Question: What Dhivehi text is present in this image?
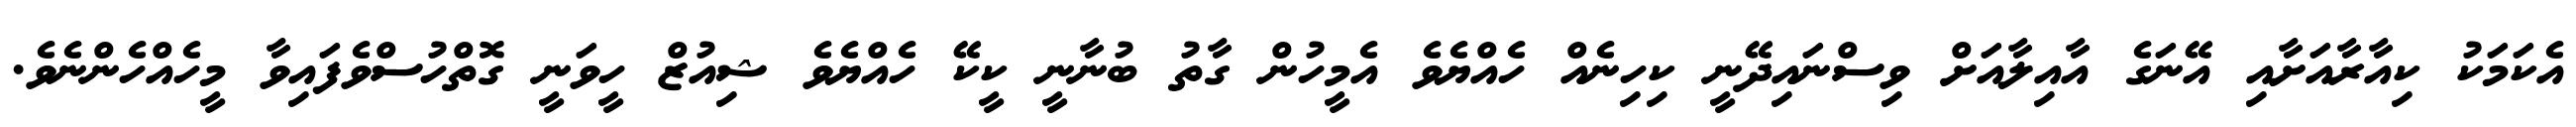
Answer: އެކަމަކު ކިއާރާއަށާއި އޭނަގެ އާއިލާއަށް ވިސްނައިދޭނީ ކިހިނެއް ހެއްޔެވެ އެމީހުން ގާތު ބުނާނީ ކީކޭ ހެއްޔެވެ ޝިއުޒް ހީވަނީ ގޮތްހުސްވެފައިވާ މީހެއްހެންނެވެ.